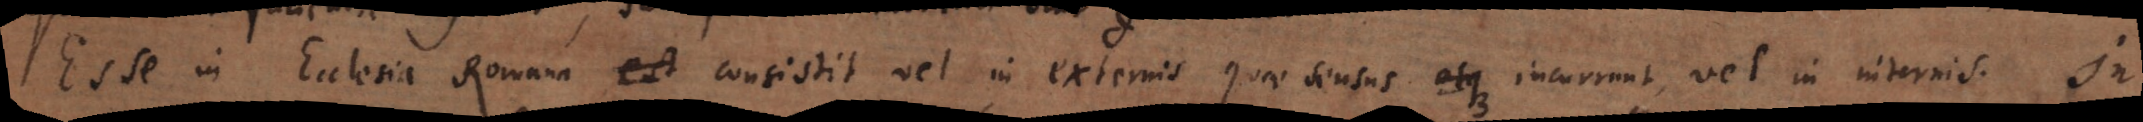
Esse in Ecclesia Romana est consistit vel in externis quae sensus atque incurrunt, vel in internis. In